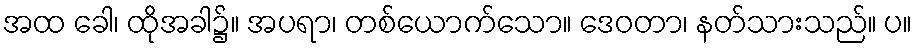
အထ ခေါ၊ ထိုအခါ၌။ အပရာ၊ တစ်ယောက်သော။ ဒေဝတာ၊ နတ်သားသည်။ ပ။